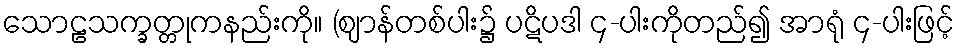
သောဠသက္ခတ္တုကနည်းကို။ (ဈာန်တစ်ပါး၌ ပဋိပဒါ ၄-ပါးကိုတည်၍ အာရုံ ၄-ပါးဖြင့်